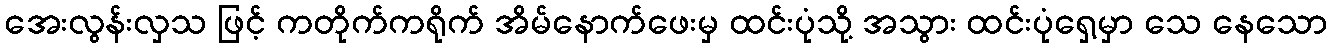
အေးလွန်းလှသ ဖြင့် ကတိုက်ကရိုက် အိမ်နောက်ဖေးမှ ထင်းပုံသို့ အသွား ထင်းပုံရှေ့မှာ သေ နေသော